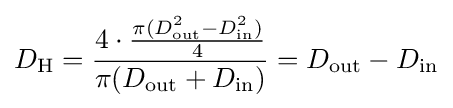
D_{\text{H}}={\frac {4\cdot {\frac {\pi (D_{\text{out}}^{2}-D_{\text{in}}^{2})}{4}}}{\pi (D_{\text{out}}+D_{\text{in}})}}=D_{\text{out}}-D_{\text{in}}